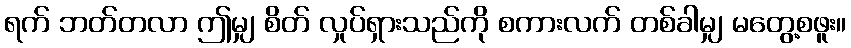
ရက် ဘတ်တလာ ဤမျှ စိတ် လှုပ်ရှားသည်ကို စကားလက် တစ်ခါမျှ မတွေ့စဖူး။